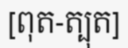
[ពុត-ត្បុត]